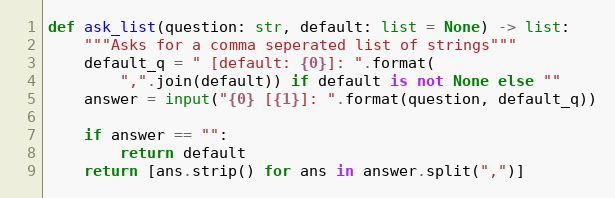
Language: Python
def ask_list(question: str, default: list = None) -> list:
    """Asks for a comma seperated list of strings"""
    default_q = " [default: {0}]: ".format(
        ",".join(default)) if default is not None else ""
    answer = input("{0} [{1}]: ".format(question, default_q))

    if answer == "":
        return default
    return [ans.strip() for ans in answer.split(",")]